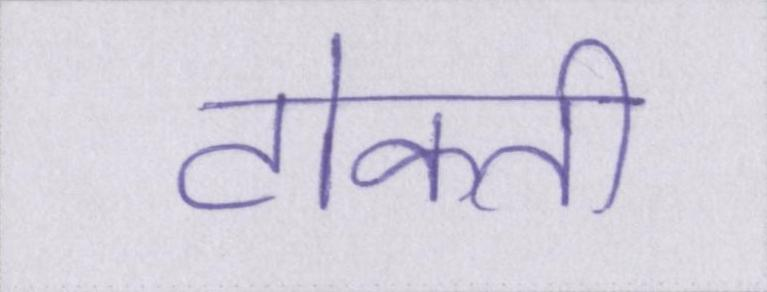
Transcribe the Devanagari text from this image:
टोकती